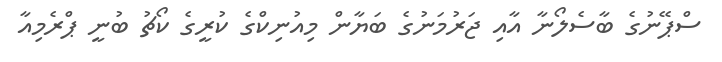
ސްޕޭނުގެ ބާސެލޯނާ އާއި ޖަރުމަނުގެ ބަޔާން މިއުނިކްގެ ކުރީގެ ކޯޗު ބުނީ ޕްރެމިއާ